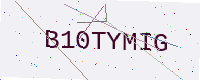
Text: B10TYMIG